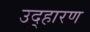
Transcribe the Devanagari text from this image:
उद्हारण